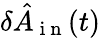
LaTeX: \delta\hat{A}_{\mathrm{~i~n~}}(t)